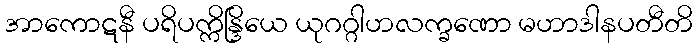
အာကောဋနီ ပရိပက္ကိန္ဒြိယေ ယုဂဂ္ဂါဟလက္ခဏော မဟာဒါနပတီတိ